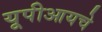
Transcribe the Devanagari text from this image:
यूपीआयचे